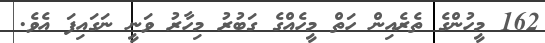
162 މީހުންގެ ތެރެއިން ހަތް މީހެއްގެ ގަބުރު މިހާރު ވަނީ ނަގައިފަ އެވެ.